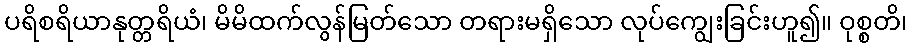
ပရိစရိယာနုတ္တရိယံ၊ မိမိထက်လွန်မြတ်သော တရားမရှိသော လုပ်ကျွေးခြင်းဟူ၍။ ဝုစ္စတိ၊